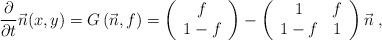
LaTeX: \begin{align*}{\partial\over \partial t}\vec{n}(x,y)=G\left(\vec{n},f\right)= \left(\begin{array}{c} f\\ 1-f\end{array}\right)-\left(\begin{array}{cc} 1 & f\\ 1-f & 1\end{array}\right)\vec{n} \;,\\\end{align*}